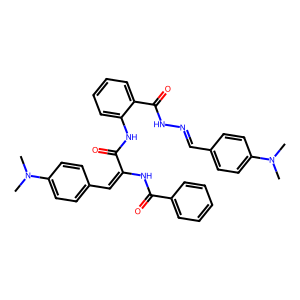
SMILES: CN(C)c1ccc(C=NNC(=O)c2ccccc2NC(=O)C(=Cc2ccc(N(C)C)cc2)NC(=O)c2ccccc2)cc1
Inhibits HIV replication: No